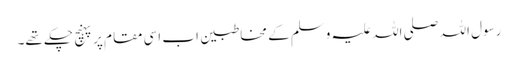
رسول اللہ صلی اللہ علیہ وسلم کے مخاطبین اب اِسی مقام پر پہنچ چکے تھے۔